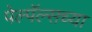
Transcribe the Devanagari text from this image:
पेल्पॅल्सच्या